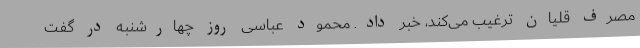
مصرف قلیان ترغیب می‌کند، خبر داد. محمود عباسی روز چهارشنبه در گفت